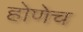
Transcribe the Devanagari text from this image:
होणेच